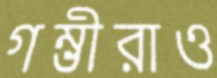
গম্ভীরাও